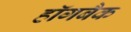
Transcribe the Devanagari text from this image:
हॉगबैक